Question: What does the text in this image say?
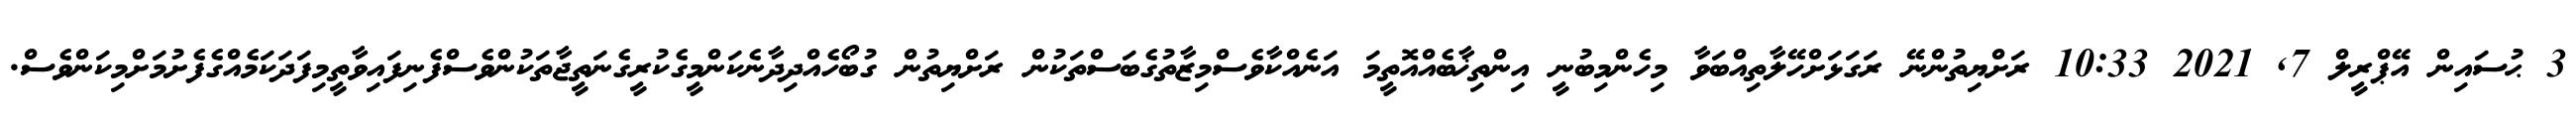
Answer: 3 ޙުސައިން އޭޕްރީލް 7, 2021 10:33 ރަށްޔިތުންނޭ ރަގަޅަށްހޭލާތިއްބަވާ މިހެންމިބުނީ އިންތިޚާބެއްއޮތީމަ އަނެއްކާވެސްމިޒާތުގެބަސްތަކުން ރަށްޔިތުން ގުބޯހެއްދިދާނެކަންމީގެކުރީގެނަތީޖާތަކުންވެސްފެނިފައިވާތީމިފަދަކަމެއްގެފެށުމަށްމިކަންވެސް.